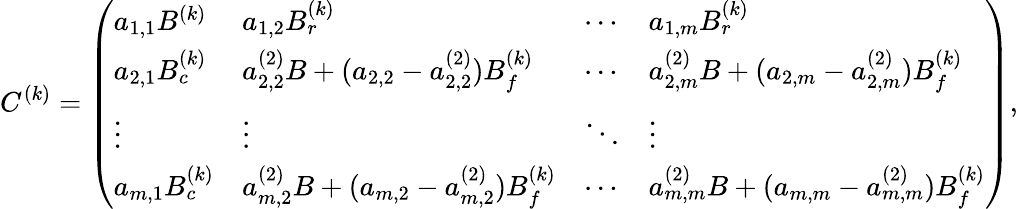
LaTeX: C^{(k)}=\left(\begin{array}{llll}{a_{1,1}B^{(k)}}&{a_{1,2}B_{r}^{(k)}}&{\cdots}&{a_{1,m}B_{r}^{(k)}}\\ {a_{2,1}B_{c}^{(k)}}&{a_{2,2}^{(2)}B+(a_{2,2}-a_{2,2}^{(2)})B_{f}^{(k)}}&{\cdots}&{a_{2,m}^{(2)}B+(a_{2,m}-a_{2,m}^{(2)})B_{f}^{(k)}}\\ {\vdots}&{\vdots}&{\ddots}&{\vdots}\\ {a_{m,1}B_{c}^{(k)}}&{a_{m,2}^{(2)}B+(a_{m,2}-a_{m,2}^{(2)})B_{f}^{(k)}}&{\cdots}&{a_{m,m}^{(2)}B+(a_{m,m}-a_{m,m}^{(2)})B_{f}^{(k)}}\end{array}\right),